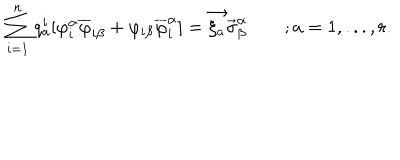
LaTeX: \sum _ { i = 1 } ^ { n } q _ { a } ^ { i } [ \varphi _ { i } ^ { \alpha } \overline { { { \varphi } } } _ { i \beta } + \varphi _ { i \beta } \overline { { { \varphi } } } _ { i } ^ { \alpha } ] = \vec { \xi _ { a } } \vec { \sigma } _ { \beta } ^ { \alpha } \qquad ; a = 1 , . . . , r .